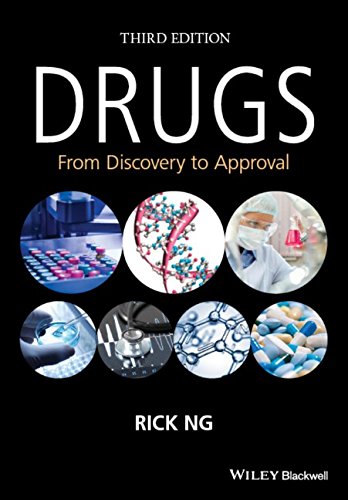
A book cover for Drugs: From Discovery to Approval; Rick Ng; Medical Books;